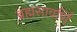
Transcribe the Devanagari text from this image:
ब्रह्मसावर्णि